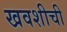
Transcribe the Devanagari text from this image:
खवशीची